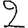
Digit: 2